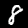
Label: 8